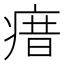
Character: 瘄